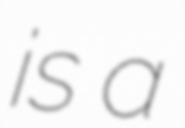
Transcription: is a